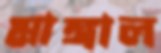
মাঙ্গাল